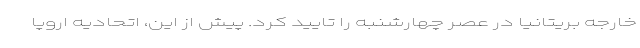
خارجه بریتانیا در عصر چهارشنبه را تایید کرد. پیش از این، اتحادیه اروپا